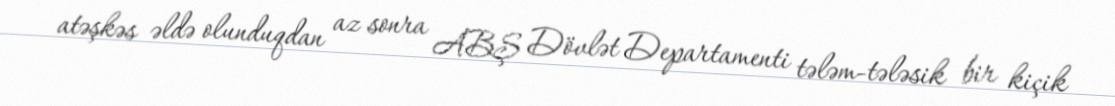
atəşkəs əldə olunduqdan az sonra ABŞ Dövlət Departamenti tələm-tələsik bir kiçik